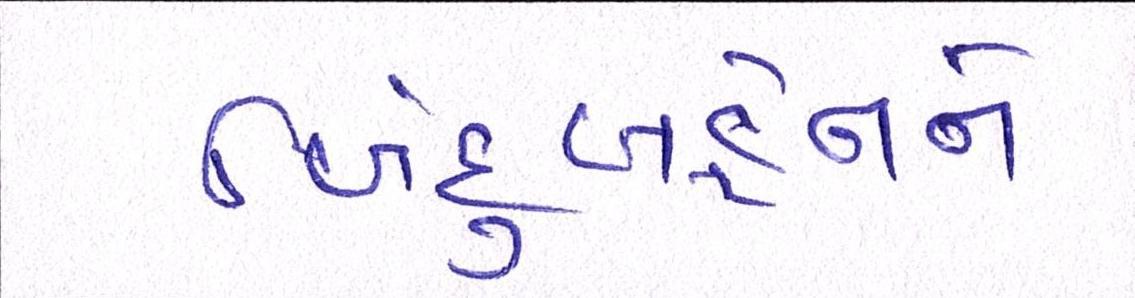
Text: બિંદુબહેનને